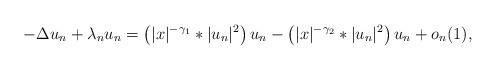
LaTeX: \begin{align*} -\Delta u_n+ \lambda_n u_n=\left(|x|^{-\gamma_1} \ast |u_n|^2\right) u_n - \left(|x|^{-\gamma_2} \ast |u_n|^2\right) u_n+o_n(1),\end{align*}